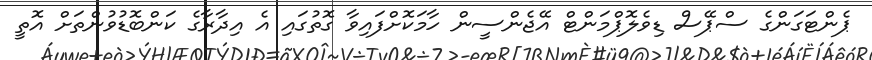
ޕެންޓަގަންގެ ސްޕޭސް ޑިވެލޮޕްމަންޓް އޭޖެންސީން ހާމަކޮށްފައިވާ ގޮތުގައި އެ އިދާރާގެ ކަންބޮޑުވުންތަށް އޮތީ